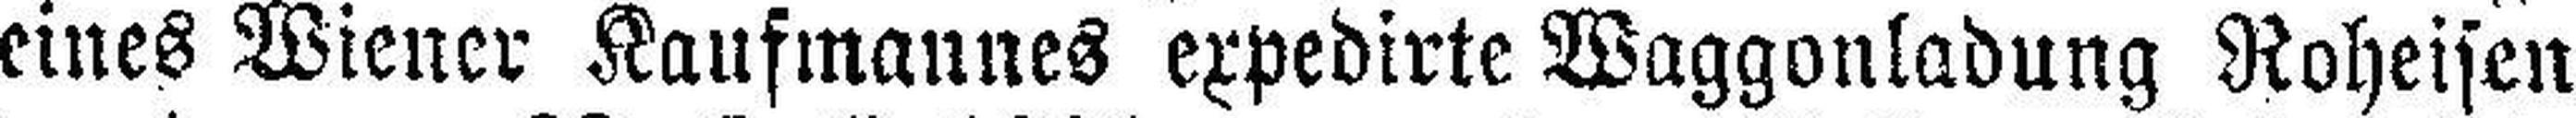
eines Wiener Kaufmannes expedirte Waggonladung Roheisen